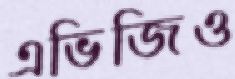
এভিজিও